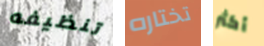
تنظيفه تختاره أكثر